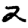
Digit: 2